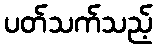
ပတ်သက်သည့်